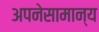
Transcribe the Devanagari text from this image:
अपनेसामान्य